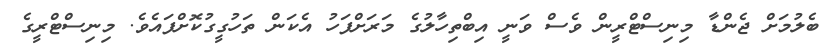
ބެލުމަށް ޖެންޑާ މިނިސްޓްރީން ވެސް ވަނީ އިބްތިހާލުގެ މަރަށްފަހު އެކަން ތަހުގީގުކޮށްފައެވެ. މިނިސްޓްރީގެ